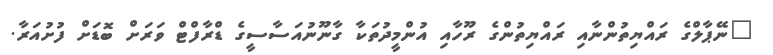
"ނޭޕާލްގެ ރައްޔިތުންނާއި ރައްޔިތުންގެ ރޫހާއި އުންމީދުތަކާ ގާނޫނުއަސާސީގެ ޑްރާފްޓް ވަރަށް ބޮޑަށް ފުށުއަރާ.